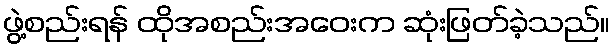
ဖွဲ့စည်းရန် ထိုအစည်းအဝေးက ဆုံးဖြတ်ခဲ့သည်။